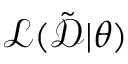
\mathcal { L } ( \tilde { \mathcal { D } } | \theta )